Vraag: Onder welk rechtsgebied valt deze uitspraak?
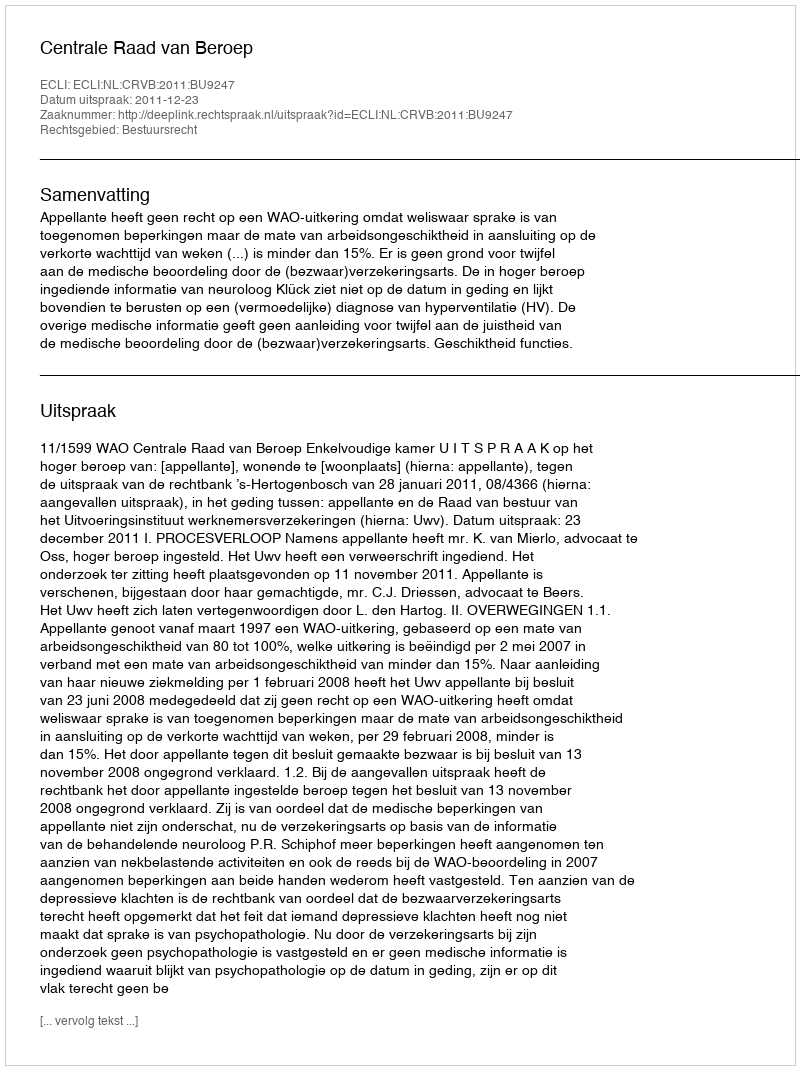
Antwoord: Bestuursrecht